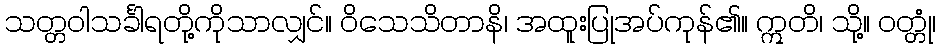
သတ္တဝါသင်္ခါရတို့ကိုသာလျှင်။ ဝိသေသိတာနိ၊ အထူးပြုအပ်ကုန်၏။ ဣတိ၊ သို့။ ဝတ္တုံ၊